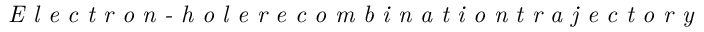
\textit { E l e c t r o n - h o l e r e c o m b i n a t i o n t r a j e c t o r y }